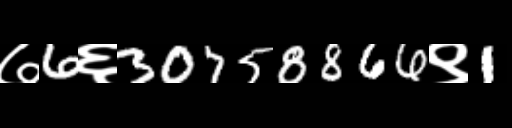
Text: ७6६30758866९1